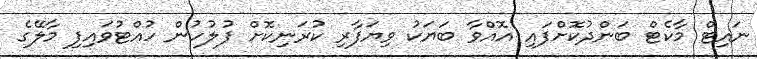
ނައިޓް މާކެޓް ބަންދުކޮށްފައި އޮއްވާ ބަޔަކު ވިޔަފާރި ކުރަނިކޮށް ފުލުހުން ހުއްޓުވައިފި މާލޭގެ